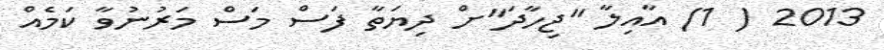
2013 ( 1) އާއިލާ "ޖިހާދަ"ށް ދިޔަތާ ފަސް މަސް މަރުނުވާ ކަމެއް